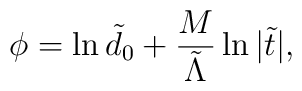
\phi =\ln {\tilde d_0}+\frac M{\tilde \Lambda }\ln {|\tilde t|},